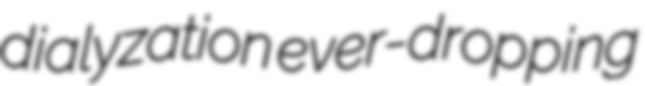
dialyzation ever-dropping